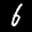
Label: 6